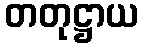
တတုဋ္ဌာယ